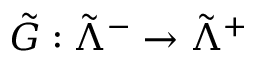
\tilde { G } : \tilde { \Lambda } ^ { - } \to \tilde { \Lambda } ^ { + }